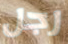
رجل